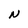
Character: N